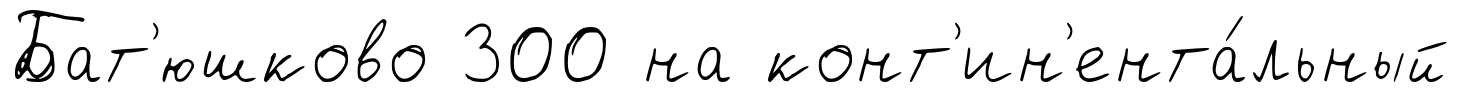
Бат'юшково 300 на конт'ин'ента́льный